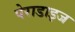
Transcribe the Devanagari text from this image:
पेराडाइज